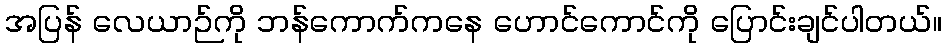
အပြန် လေယာဉ်ကို ဘန်ကောက်ကနေ ဟောင်ကောင်ကို ပြောင်းချင်ပါတယ်။